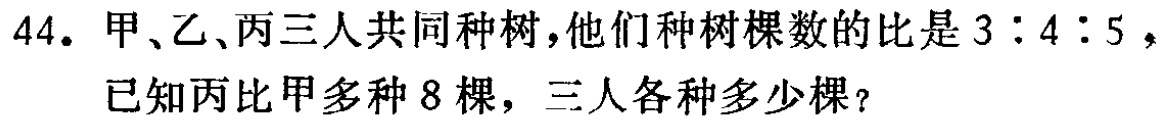
44. 甲、乙、丙三人共同种树，他们种树棵数的比是\(3:4:5\)，已知丙比甲多种\(8\)棵，三人各种多少棵？